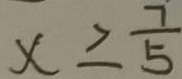
x \geq \frac { 7 } { 5 }